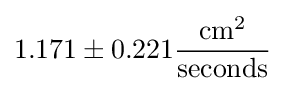
1.171\pm 0.221{\dfrac {{\text{cm}}^{2}}{\text{seconds}}}